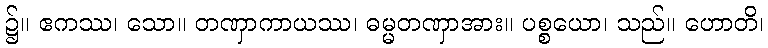
၌။ ဧကဿ၊ သော။ တဏှာကာယဿ၊ ဓမ္မတဏှာအား။ ပစ္စယော၊ သည်။ ဟောတိ၊